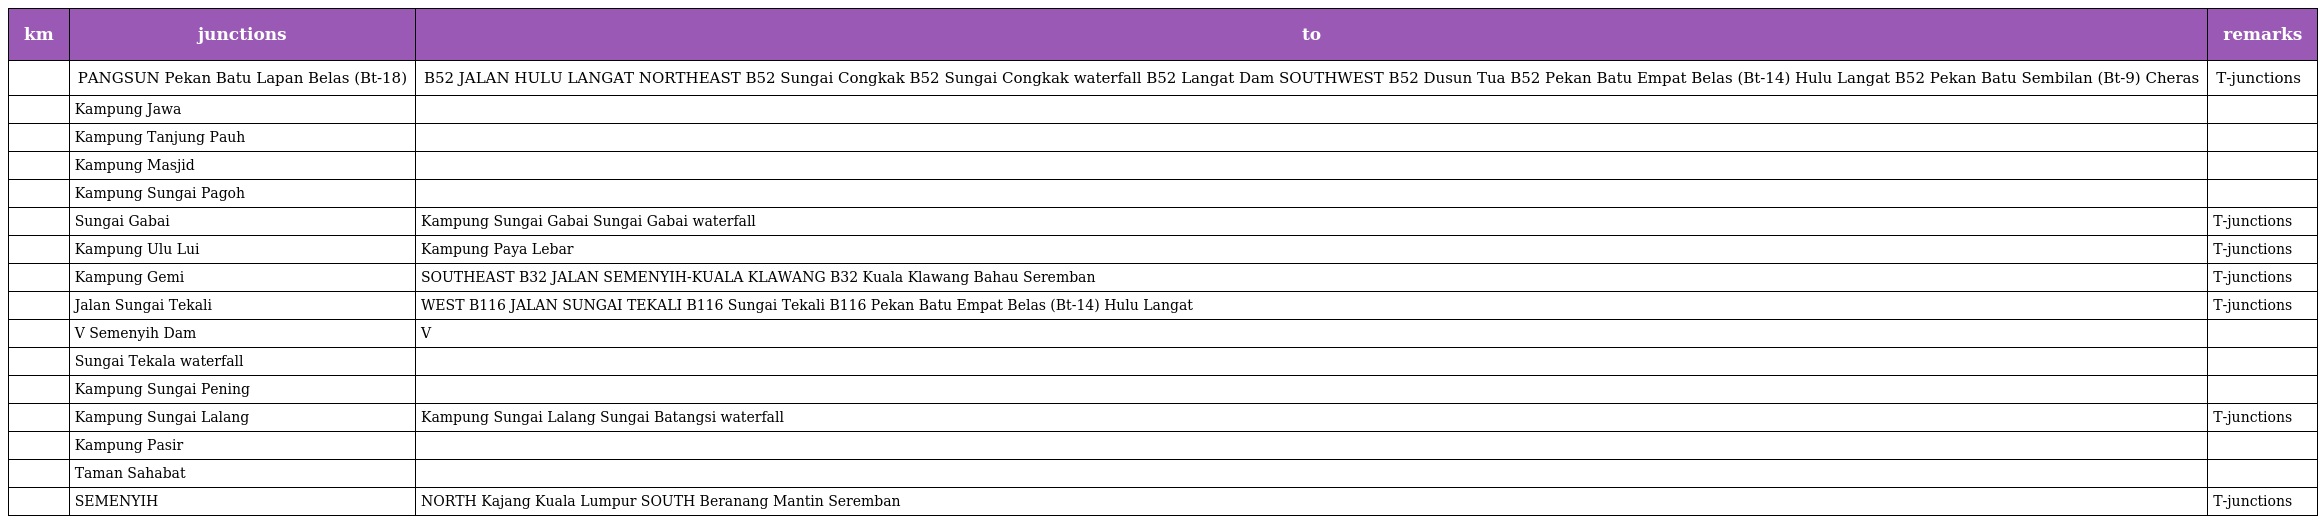
| km | junctions | to | remarks |
 | --- | --- | --- | --- |
 |  | PANGSUN Pekan Batu Lapan Belas (Bt-18) | B52 JALAN HULU LANGAT NORTHEAST B52 Sungai Congkak B52 Sungai Congkak waterfall B52 Langat Dam SOUTHWEST B52 Dusun Tua B52 Pekan Batu Empat Belas (Bt-14) Hulu Langat B52 Pekan Batu Sembilan (Bt-9) Cheras | T-junctions |
 |  | Kampung Jawa |  |  |
 |  | Kampung Tanjung Pauh |  |  |
 |  | Kampung Masjid |  |  |
 |  | Kampung Sungai Pagoh |  |  |
 |  | Sungai Gabai | Kampung Sungai Gabai Sungai Gabai waterfall | T-junctions |
 |  | Kampung Ulu Lui | Kampung Paya Lebar | T-junctions |
 |  | Kampung Gemi | SOUTHEAST B32 JALAN SEMENYIH-KUALA KLAWANG B32 Kuala Klawang Bahau Seremban | T-junctions |
 |  | Jalan Sungai Tekali | WEST B116 JALAN SUNGAI TEKALI B116 Sungai Tekali B116 Pekan Batu Empat Belas (Bt-14) Hulu Langat | T-junctions |
 |  | V Semenyih Dam | V |  |
 |  | Sungai Tekala waterfall |  |  |
 |  | Kampung Sungai Pening |  |  |
 |  | Kampung Sungai Lalang | Kampung Sungai Lalang Sungai Batangsi waterfall | T-junctions |
 |  | Kampung Pasir |  |  |
 |  | Taman Sahabat |  |  |
 |  | SEMENYIH | NORTH Kajang Kuala Lumpur SOUTH Beranang Mantin Seremban | T-junctions |